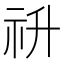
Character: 𥘥